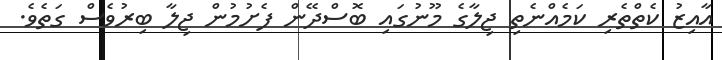
އާއިޒު ކެތްތެރި ކަމެއްނެތި ޖިލާގެ މޫނުގައި ބޮސްދޭން ފެށުމުން ޖިލާ ބިރުވެސް ގަތެވެ.